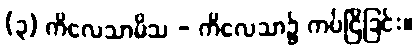
(၃) ကိလေသာမိသ - ကိလေသာ၌ ကပ်ငြိခြင်း။